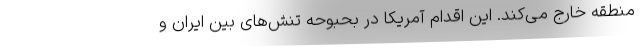
منطقه خارج می‌کند. این اقدام آمریکا در بحبوحه تنش‌های بین ایران و